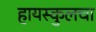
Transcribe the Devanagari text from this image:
हायस्कुलचा